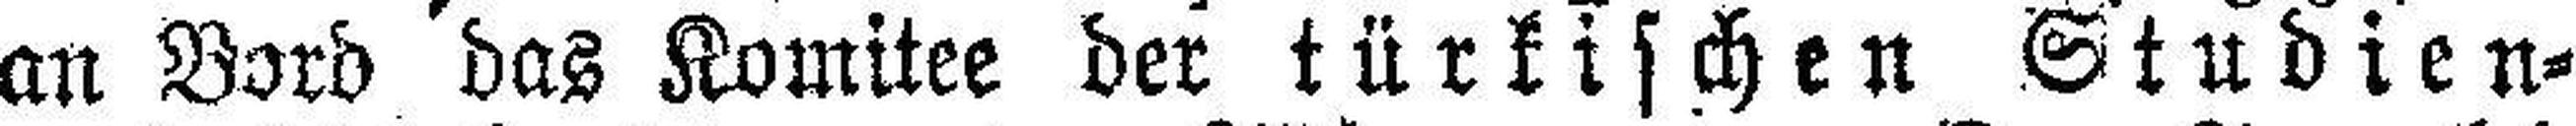
an Bord das Komitee der türkischen Studien¬